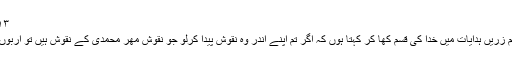
١٣ جون ١٩٩٧ء بمقام مسجد فضل لندن
بچوں کی تربیت سے متعلق نہایت اہم زریں ہدایات میں خدا کی قسم کھا کر کہتا ہوں کہ اگر تم اپنے اندر وہ نقوش پیدا کرلو جو نقوش مھرِ محمدی کے نقوش ہیں تو اربوں آپ کی وجہ سے بچائے جائیں گے۔